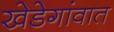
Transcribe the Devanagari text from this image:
खेडेगांवात